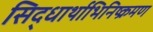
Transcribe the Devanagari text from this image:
सिद्धार्थाभिनिष्क्रमण